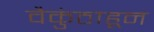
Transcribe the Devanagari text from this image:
वैकुंठाहून